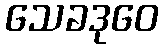
သေခဒုဝေ